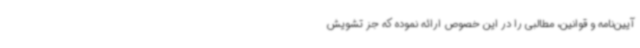
آیین‌نامه و قوانین، مطالبی را در این خصوص ارائه نموده که جز تشویش